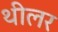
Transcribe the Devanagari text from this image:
थीलर